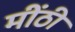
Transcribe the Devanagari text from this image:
मींठी